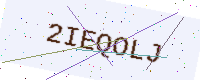
Text: 2IEQOLJ